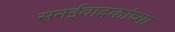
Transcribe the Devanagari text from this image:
सनईवादकांच्या